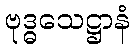
ဗုဒ္ဓသေဋ္ဌာနံ